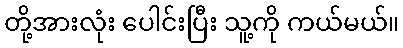
တို့အားလုံး ပေါင်းပြီး သူ့ကို ကယ်မယ်။